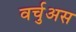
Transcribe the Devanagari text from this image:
वर्चुअस